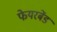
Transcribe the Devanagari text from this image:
फेयरबेंड